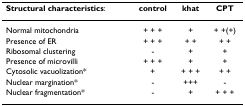
| Structural characteristics: | control | khat | CPT |
 | --- | --- | --- | --- |
 | Normal mitochondria | + + + | + | + +(+) |
 | Presence of ER | + + + | + + | + + |
 | Ribosomal clustering | - | + | + |
 | Presence of microvilli | + + + | + | + |
 | Cytosolic vacuolization* | + | + + + | + + |
 | Nuclear margination* | - | +++ | - |
 | Nuclear fragmentation* | - | + | + + + |